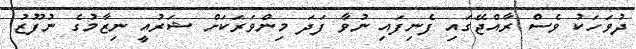
ދުވަހަކު ވެސް ރާއްޖޭގައި ފެނިފައި ނުވާ ފަދަ މިންވަރަކަށް ޝަރުއީ ނިޒާމުގެ ނުފޫޒު